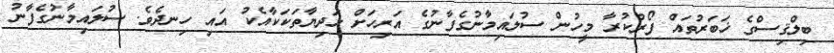
ބިލްޤިސްގެ ޚަބަރުތައް ފޯރުކުރާ މީހުން ސުލައިމާނުގެފާނުގެ އަރިހަށް ހަދިޔާތަކަކާއެކު އައި ހިނދެވެ. ސުލައިމާނުގެފާނު